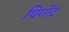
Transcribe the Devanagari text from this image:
पिगॉट